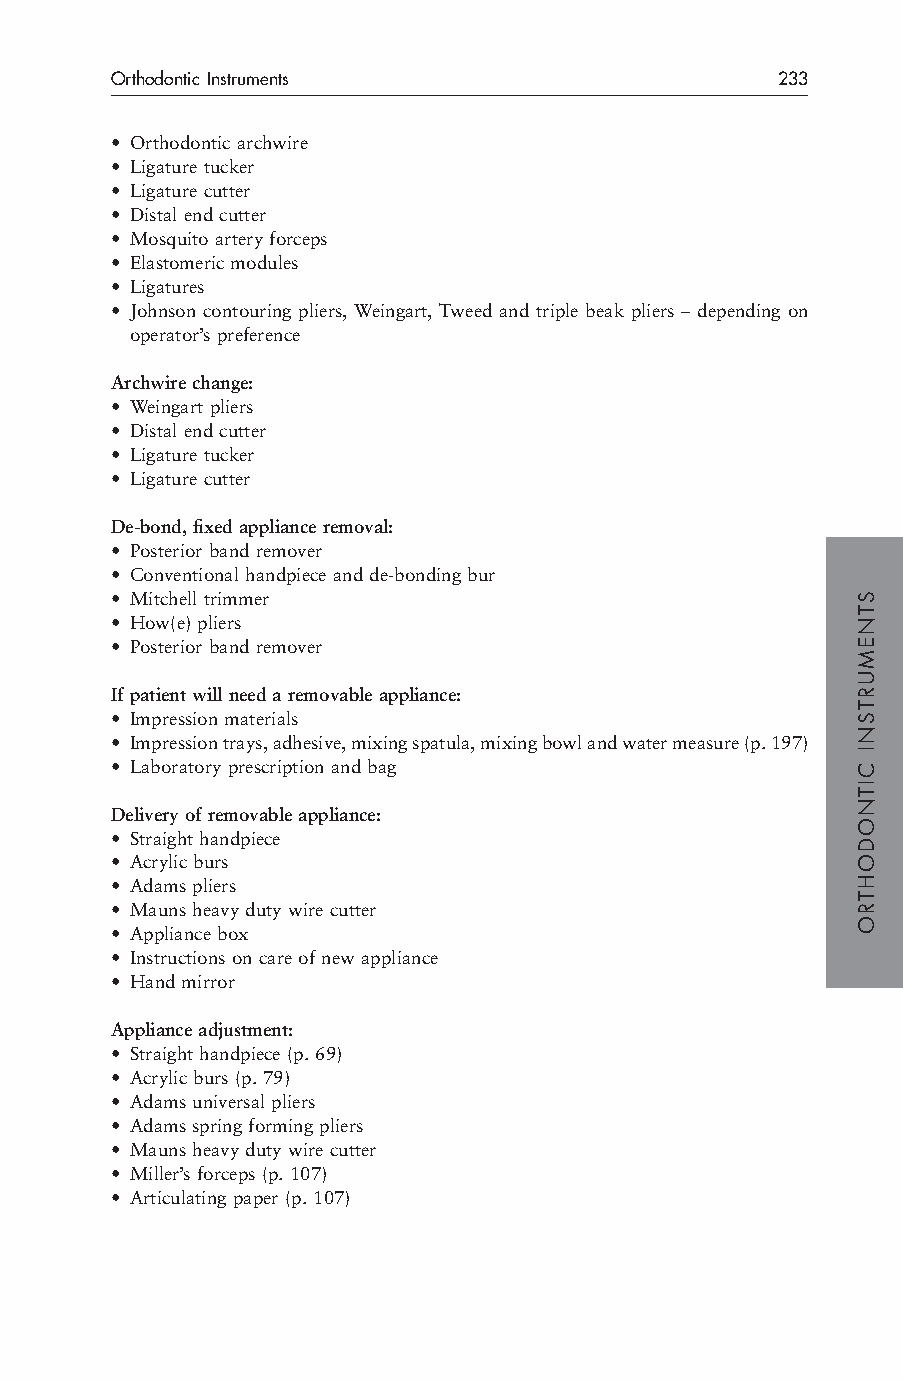
Orthodontic Instruments                     233
 • Orthodontic archwire
 • Ligature tucker
 • Ligature cutter
 • Distal end cutter
 • Mosquito artery forceps
 • Elastomeric modules
 • Ligatures
 • Johnson contouring pliers, Weingart, Tweed and triple beak pliers – depending on
 operator’s preference
 Archwire change:
 • Weingart pliers
 • Distal end cutter
 • Ligature tucker
 • Ligature cutter
 De-bond, fixed appliance removal:
 • Posterior band remover
 • Conventional handpiece and de-bonding bur
 • Mitchell trimmer
 • How(e) pliers
 • Posterior band remover
 If patient will need a removable appliance:
 • Impression materials
 • Impression trays, adhesive, mixing spatula, mixing bowl and water measure (p. 197)
 • Laboratory prescription and bag
 Delivery of removable appliance:
 • Straight handpiece
 • Acrylic burs
 • Adams pliers
 • Mauns heavy duty wire cutter
 • Appliance box
 • Instructions on care of new appliance
 • Hand mirror
 Appliance adjustment:
 • Straight handpiece (p. 69)
 • Acrylic burs (p. 79)
 • Adams universal pliers
 • Adams spring forming pliers
 • Mauns heavy duty wire cutter
 • Miller’s forceps (p. 107)
 • Articulating paper (p. 107)
 STNEMURTSNI
 CITNODOHTRO